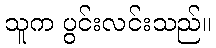
သူက ပွင်းလင်းသည်။